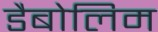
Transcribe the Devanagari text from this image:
डैबोलिम